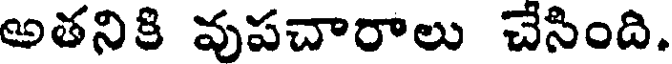
అతనికి వుపచారాలు చేసింది.